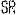
SR